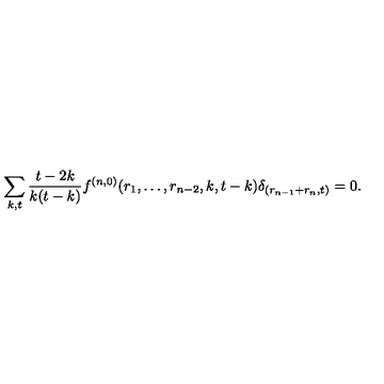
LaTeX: \sum _ { k , t } \frac { t - 2 k } { k ( t - k ) } f ^ { ( n , 0 ) } ( r _ { 1 } , \dots , r _ { n - 2 } , k , t - k ) \delta _ { ( r _ { n - 1 } + r _ { n } , t ) } = 0 .